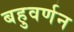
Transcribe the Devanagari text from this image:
बहुवर्णन